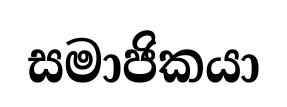
සමාජිකයා